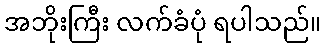
အဘိုးကြီး လက်ခံပုံ ရပါသည်။